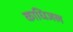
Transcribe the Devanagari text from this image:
काधिजल